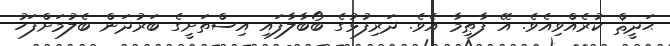
ޙަދީޘް ކުރެއްވިއެވެ. އޭ ފާޠިމާ އެވެ. ދަރިފުޅުގެ ބޯބާލާފައި އިސްތަށީގެ ބަރުދަން ބެލުމަށްފަހު